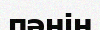
пәнін